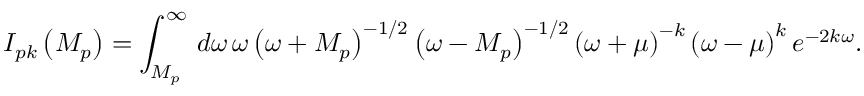
I _ { p k } \left( M _ { p } \right) = \int _ { M _ { p } } ^ { \infty } \, d \omega \, \omega \left( \omega + M _ { p } \right) ^ { - 1 / 2 } \left( \omega - M _ { p } \right) ^ { - 1 / 2 } \left( \omega + \mu \right) ^ { - k } \left( \omega - \mu \right) ^ { k } e ^ { - 2 k \omega } .